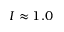
I \approx 1 . 0